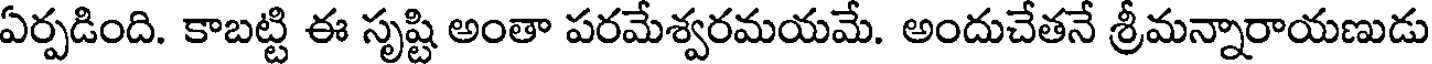
ఏర్పడింది. కాబట్టి ఈ సృష్టి అంతా పరమేశ్వరమయమే. అందుచేతనే శ్రీమన్నారాయణుడు